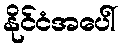
နိုင်ငံအပေါ်